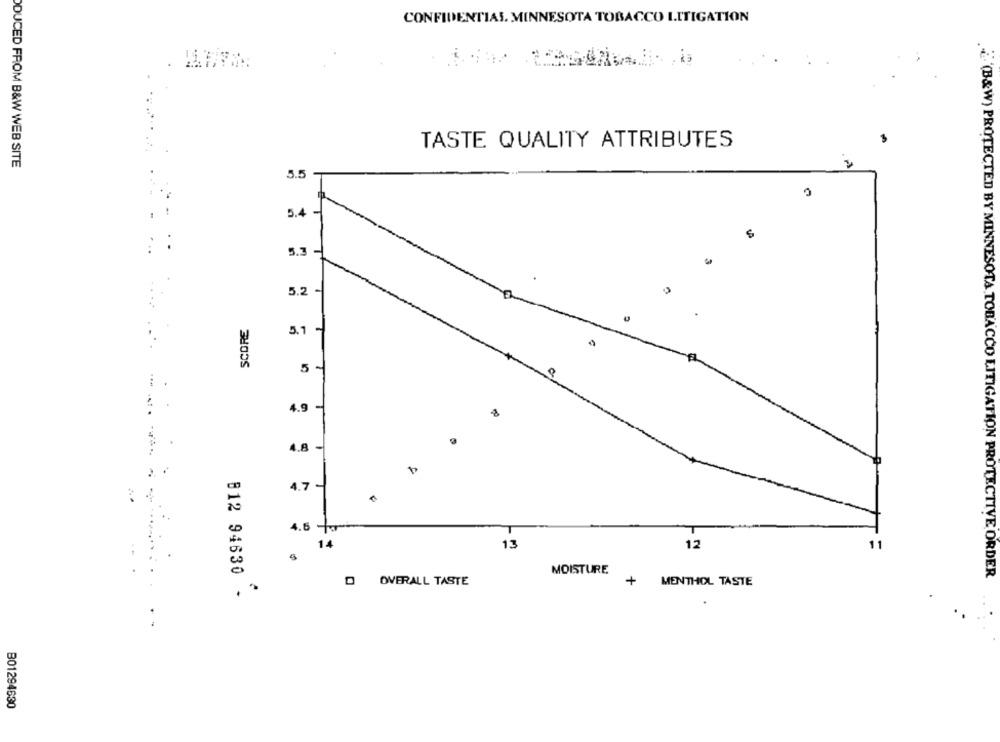
CONFIDENTIAL. MINNESOTA TOBACCO LITIGATION
TASTE QUALITY ATTRIBUTES
DUCED FROM B&W WEB SITE
5.5
5.4
5.3
5.2
SCORE
5.1
5 -
4.9-
4.8-
4.7
4.5 +
14
13
12
11
MOISTURE
.¿ (B&W) PROTECTED BY MINNESOTA TOBACCO LITIGATION PROTECTIVE ORDER
O OVERALL TASTE
+
MENTHOL TASTE
812 94630
B01294630